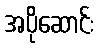
အပိုဆောင်း